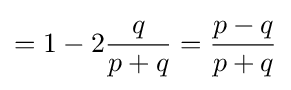
=1-2{\frac {q}{p+q}}={\frac {p-q}{p+q}}